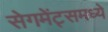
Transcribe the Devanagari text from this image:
सेगमेंट्समध्ये